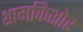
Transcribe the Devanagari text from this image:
थामकिशोर